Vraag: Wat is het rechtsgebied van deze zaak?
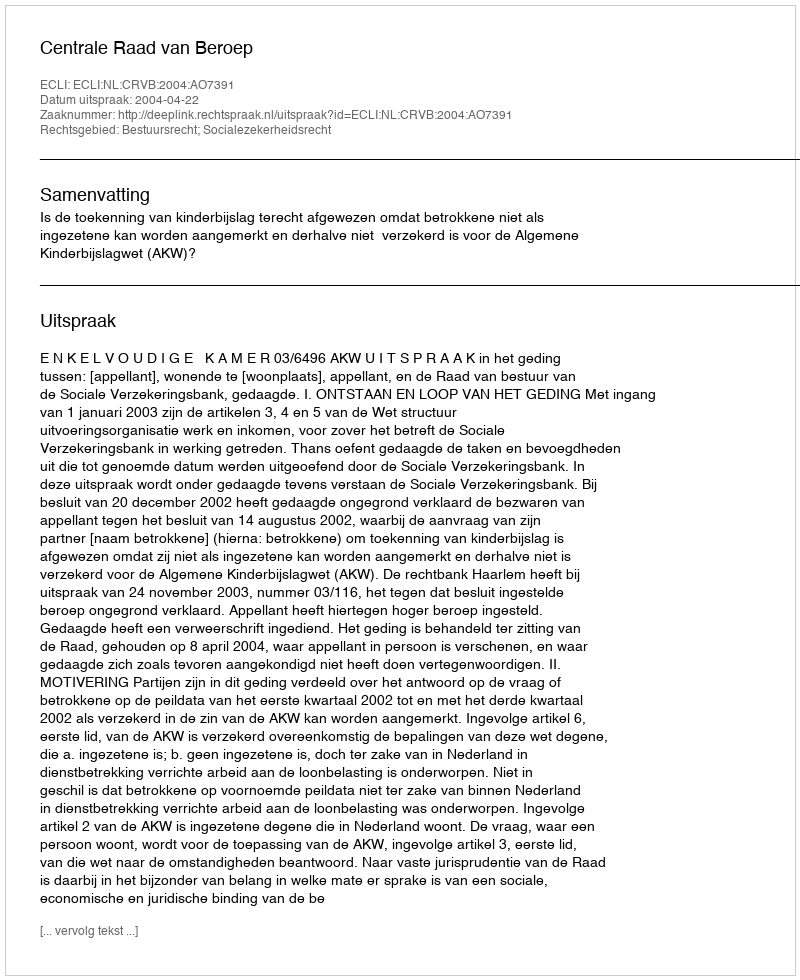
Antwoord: Bestuursrecht; Socialezekerheidsrecht